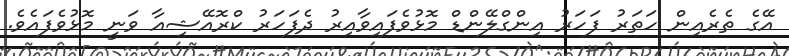
އޭގެ ތެރެއިން ހަތަރު ފަހަރު އިންގްލޭންޑް މޮޅުވެފައިވާއިރު ދެފަހަރު ކްރޮއޭޝިއާ ވަނީ މޮޅުވެފައެވެ.